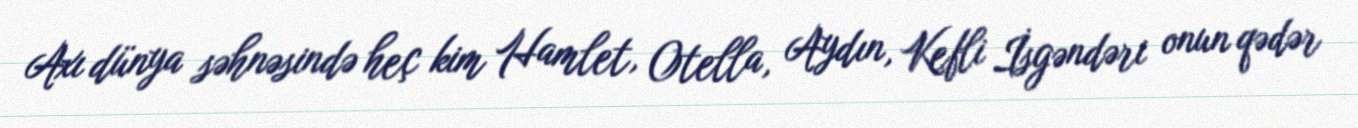
Axı dünya səhnəsində heç kim Hamlet, Otella, Aydın, Kefli İsgəndəri onun qədər